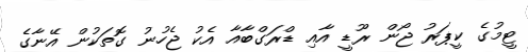
ޓީމުގެ ކީޕަރު ޖޯން ރޫޑީ އާއި ޑްރަގްބާއާ އެކު ޖެހުނު ގޮތަކުން އޭނާގެ